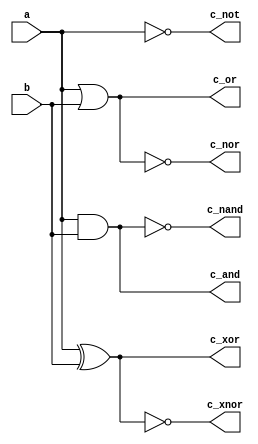
`timescale 1ns / 1ps
//////////////////////////////////////////////////////////////////////////////////
// Company: 
// Engineer: 
// 
// Design Name: 
// Module Name:    Logic_gates 
// Project Name: 
// Target Devices: 
// Tool versions: 
// Description: 
//
// Dependencies: 
//
// Revision: 
// Revision 0.01 - File Created
// Additional Comments: 
//
//////////////////////////////////////////////////////////////////////////////////

module Logic_gates(
    input a,
    input b,
    output c_and,
    output c_or,
    output c_not,
    output c_xor,
    output c_nand,
    output c_nor,
    output c_xnor
    );
  
	 assign c_and = a&b;
	 assign c_or = a|b;
	 assign c_not = ~a;
	 assign c_xor = a^b;
	 assign c_nand = ~(a&b);
	 assign c_nor = ~(a|b);
	 assign c_xnor = ~(a^b);
  
endmodule